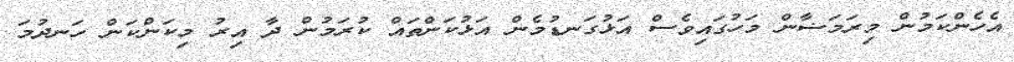
އެހެންކަމުން މިރަމަޟާން މަހުގައިވެސް އަޅުގަނޑުމެން އަޅުކަންތައް ކުރަމުން ދާ އިރު މިކަންކަން ހަނދުމަ